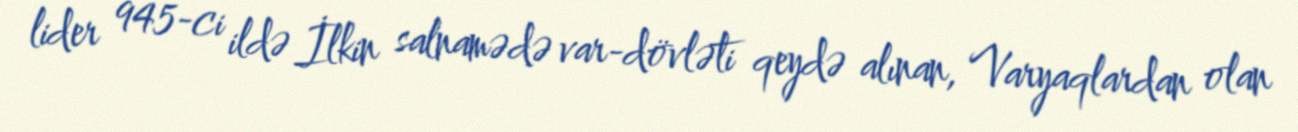
lider 945-ci ildə İlkin salnamədə var-dövləti qeydə alınan, Varyaqlardan olan